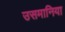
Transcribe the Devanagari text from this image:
उसमानिया